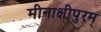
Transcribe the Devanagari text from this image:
मीनाक्षीपुरम्